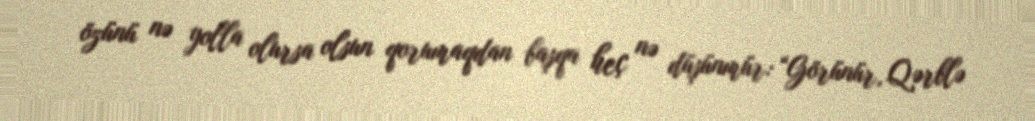
özünü nə yolla olursa olsun qorumaqdan başqa heç nə düşünmür: “Görünür, Qərblə